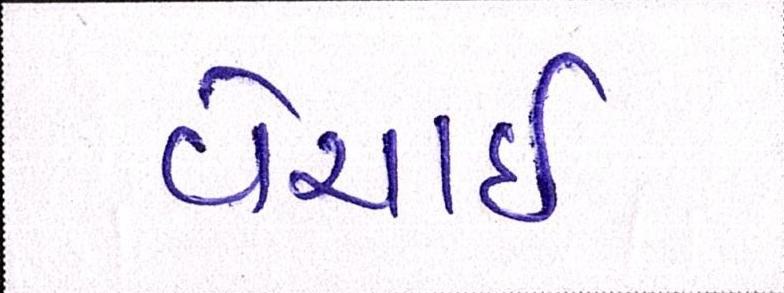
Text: વેચાઈ